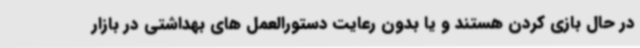
در حال بازی کردن هستند و یا بدون رعایت دستورالعمل های بهداشتی در بازار